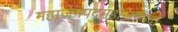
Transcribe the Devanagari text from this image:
महाजनपदमहाजनपदों